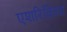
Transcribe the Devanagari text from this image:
एशरिकिया